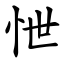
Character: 怈